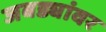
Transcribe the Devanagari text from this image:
जबड्यांवर